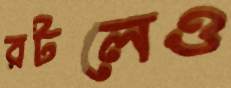
রটলেও